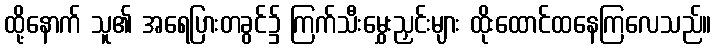
ထို့နောက် သူ၏ အရေပြားတခွင်၌ ကြက်သီးမွှေးညှင်းများ ထိုးထောင်ထနေကြလေသည်။